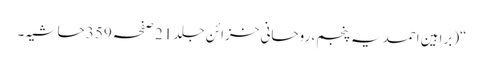
“(براہین احمدیہ پنجم، روحانی خزائن جلد 21 صفحہ 359 حاشیہ۔